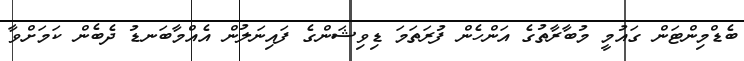
ބެޑްމިންޓަން ގައުމީ މުބާރާތުގެ އަންހެން ފުރަތަމަ ޑިވިޝަންގެ ފައިނަލުން އެއްމާބަނޑު ދެބެން ކަމަށްވާ